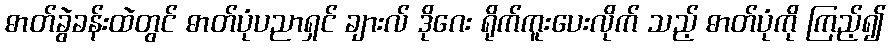
ဓာတ်ခွဲခန်းထဲတွင် ဓာတ်ပုံပညာရှင် ချားလ် ဒိုဂေး ရိုက်ကူးပေးလိုက် သည့် ဓာတ်ပုံကို ကြည့်၍